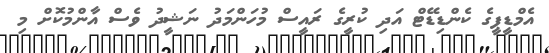
އެމްޑީޕީގެ ކެންޑިޑޭޓް އަދި ކުރީގެ ރައީސް މުހަންމަދު ނަޝީދު ވެސް އާންމުކޮށް މި